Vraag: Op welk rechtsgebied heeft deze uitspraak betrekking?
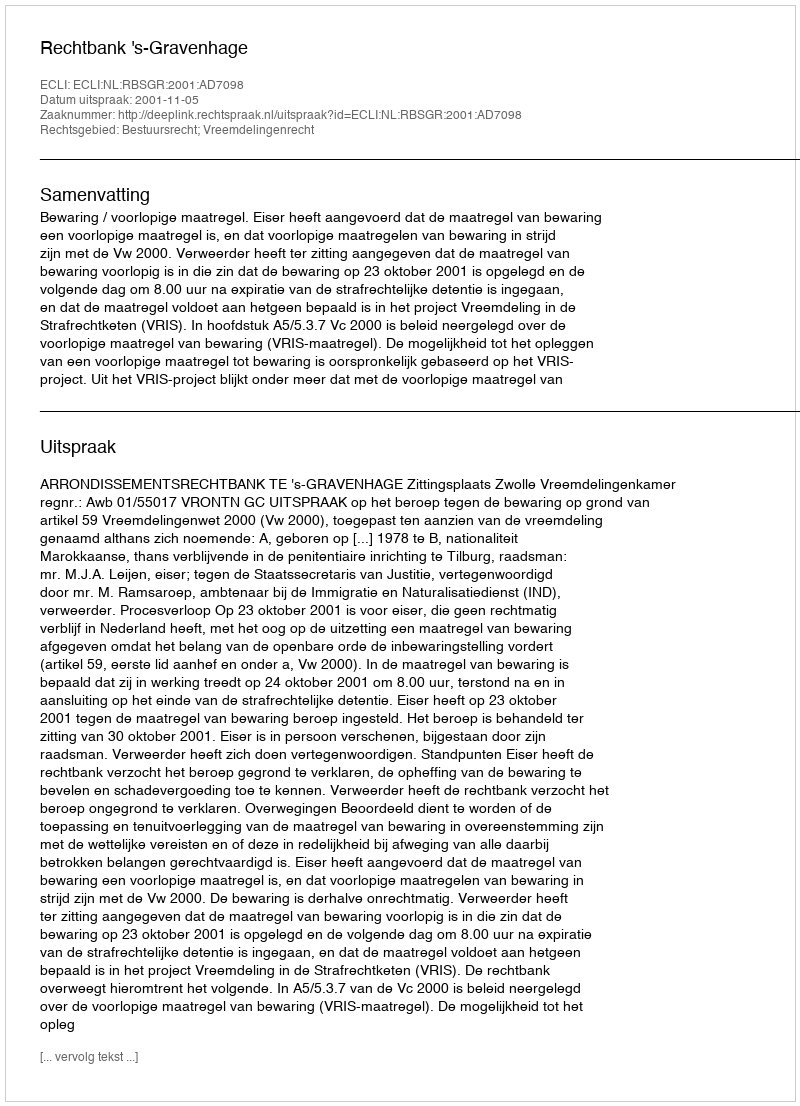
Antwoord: Bestuursrecht; Vreemdelingenrecht